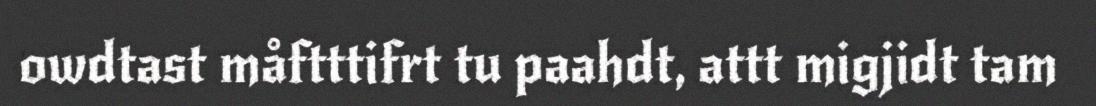
owdtast måftttifrt tu paahdt, attt migjidt tam